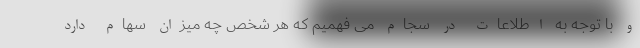
و با توجه به اطلاعات در سجام می فهمیم که هر شخص چه میزان سهام دارد